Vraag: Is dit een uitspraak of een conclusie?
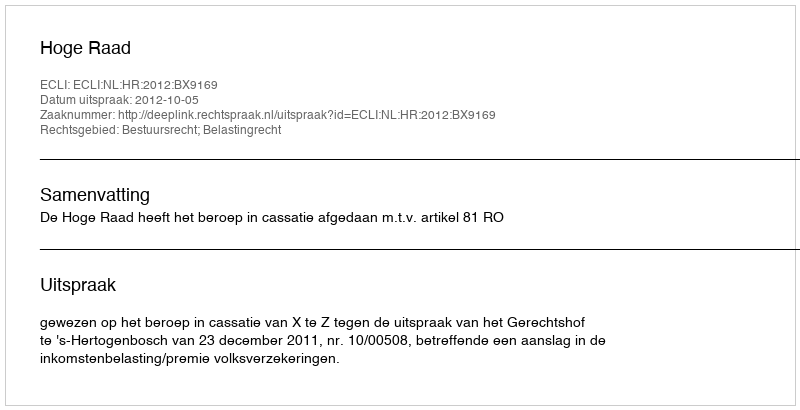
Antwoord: Uitspraak